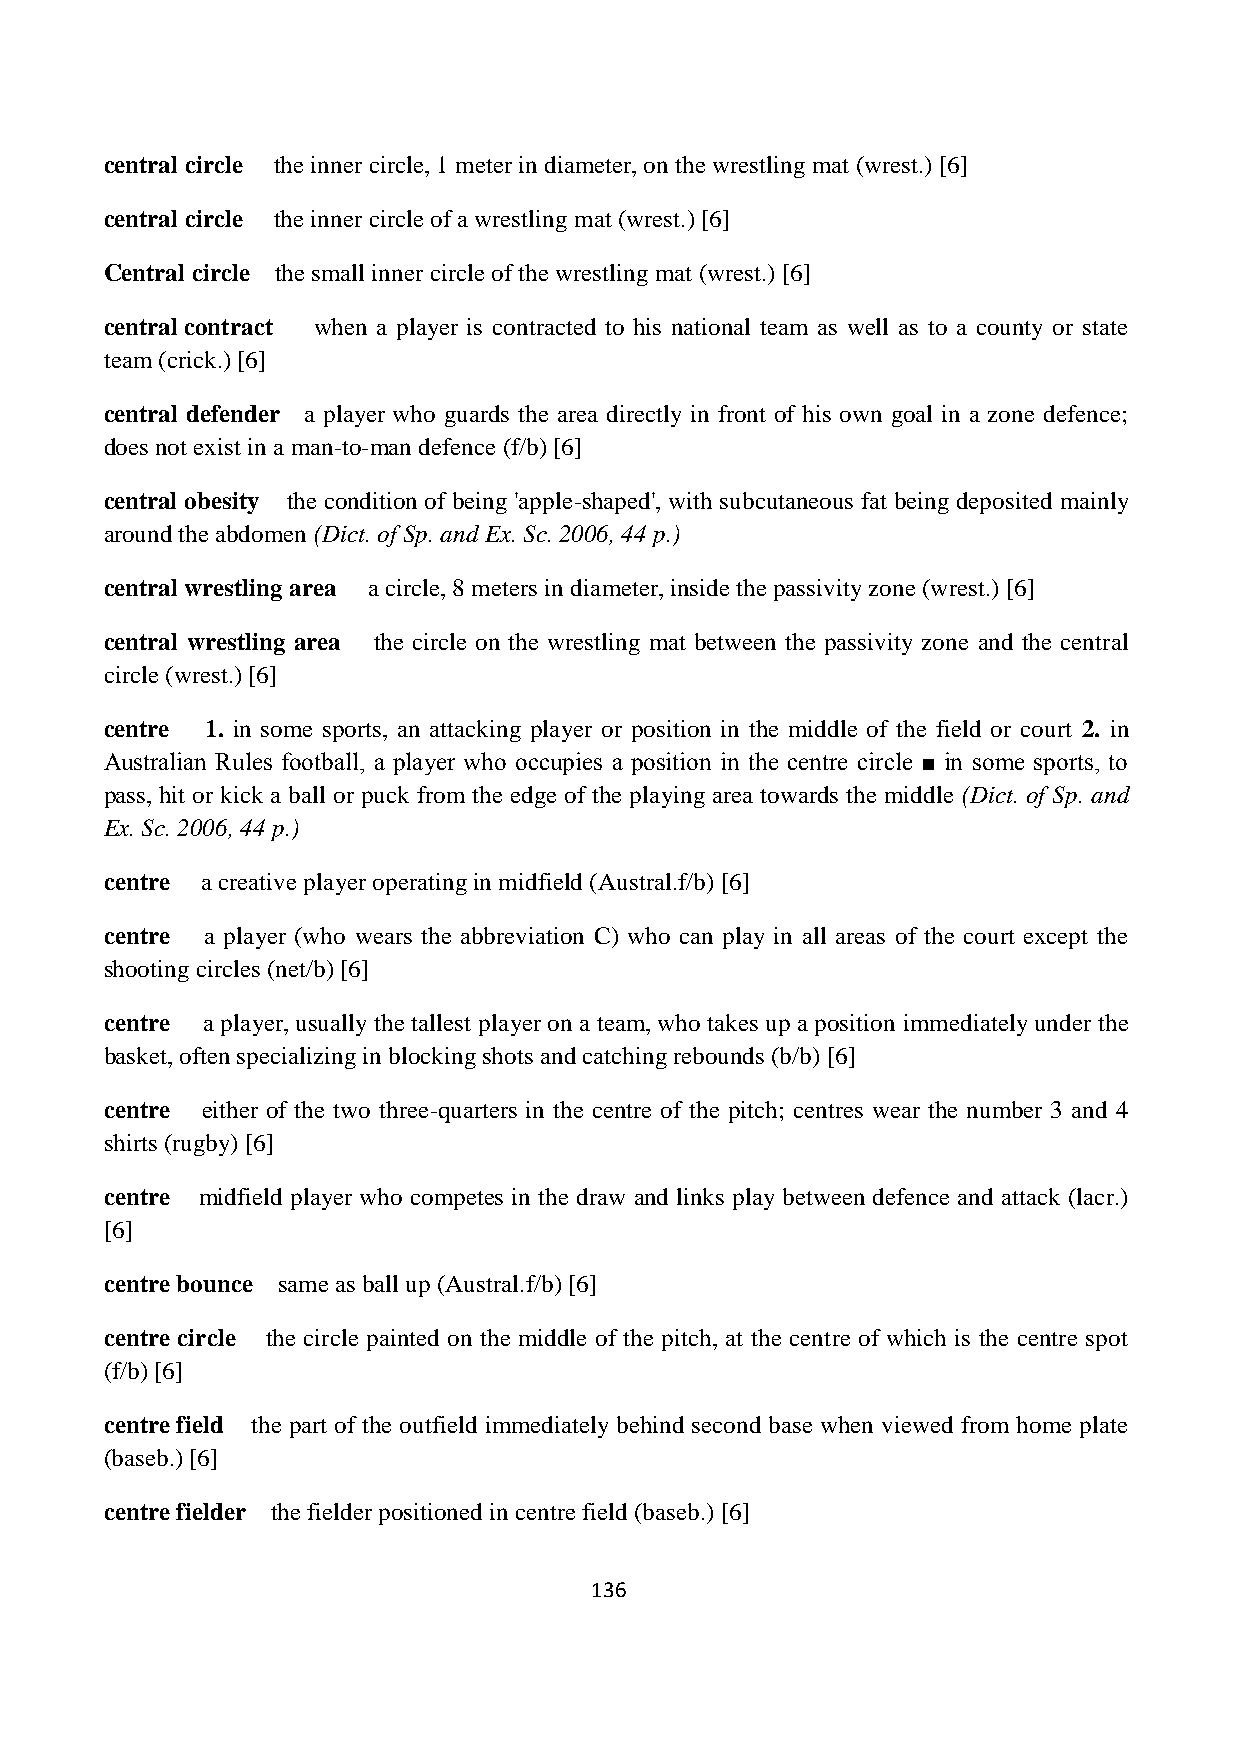
central circle the inner circle, 1 meter in diameter, on the wrestling mat (wrest.) [6]
 central circle the inner circle of a wrestling mat (wrest.) [6]
 Central circle the small inner circle of the wrestling mat (wrest.) [6]
 central contract when a player is contracted to his national team as well as to a county or state
 team (crick.) [6]
 central defender a player who guards the area directly in front of his own goal in a zone defence;
 does not exist in a man-to-man defence (f/b) [6]
 central obesity the condition of being 'apple-shaped', with subcutaneous fat being deposited mainly
 around the abdomen (Dict. of Sp. and Ex. Sc. 2006, 44 p.)
 central wrestling area a circle, 8 meters in diameter, inside the passivity zone (wrest.) [6]
 central wrestling area the circle on the wrestling mat between the passivity zone and the central
 circle (wrest.) [6]
 centre 1. in some sports, an attacking player or position in the middle of the field or court 2. in
 Australian Rules football, a player who occupies a position in the centre circle ■ in some sports, to
 pass, hit or kick a ball or puck from the edge of the playing area towards the middle (Dict. of Sp. and
 Ex. Sc. 2006, 44 p.)
 centre a creative player operating in midfield (Austral.f/b) [6]
 centre a player (who wears the abbreviation C) who can play in all areas of the court except the
 shooting circles (net/b) [6]
 centre a player, usually the tallest player on a team, who takes up a position immediately under the
 basket, often specializing in blocking shots and catching rebounds (b/b) [6]
 centre either of the two three-quarters in the centre of the pitch; centres wear the number 3 and 4
 shirts (rugby) [6]
 centre midfield player who competes in the draw and links play between defence and attack (lacr.)
 [6]
 centre bounce same as ball up (Austral.f/b) [6]
 centre circle the circle painted on the middle of the pitch, at the centre of which is the centre spot
 (f/b) [6]
 centre field the part of the outfield immediately behind second base when viewed from home plate
 (baseb.) [6]
 centre fielder the fielder positioned in centre field (baseb.) [6]
 136